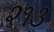
૨૧૩